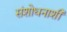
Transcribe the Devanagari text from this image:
संशोधनाशी